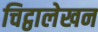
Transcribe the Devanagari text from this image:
चिट्ठालेखन